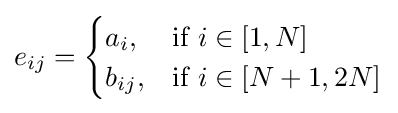
e_{ij}={\begin{cases}a_{i},&{\mbox{if }}i\in [1,N]\\b_{ij},&{\mbox{if }}i\in [N+1,2N]\end{cases}}